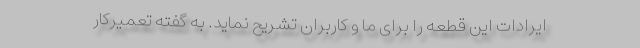
ایرادات این قطعه را برای ما و کاربران تشریح نماید. به گفته تعمیرکار